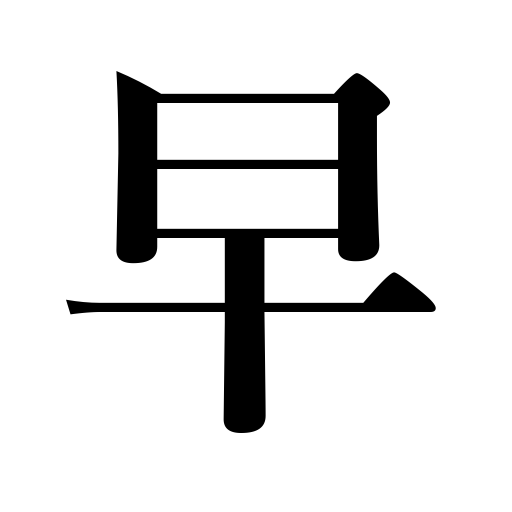
Meanings: quick,early,premature,precipitate,brisk,expedite,speedy,advance the date,fast,accelerate,be hasty,be rash,hasten,prompt